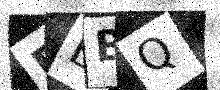
Text: BBBQ